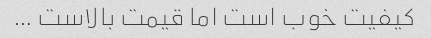
کیفیت خوب است اما قیمت بالاست …